Vaccination in the Punjab 1919-1929 - 1919-1929
Year: 1919
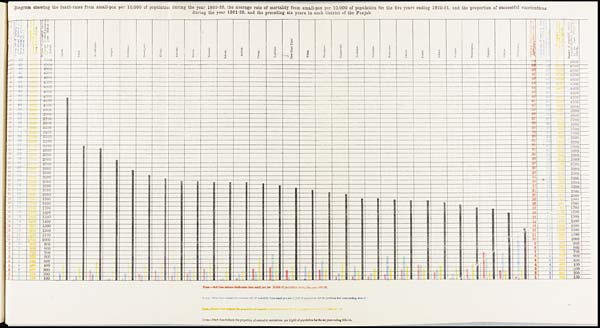
Diagram showing the death-rates from gmall-pox per 10,000 of population during the year 1920-22, the average rate of mortality from small-pox per 10,000 of population for the five years ending 1920-21, and the proportion of successful vaccinations
during the year 1921-22, and the preceding six years in each district of the Punjab.